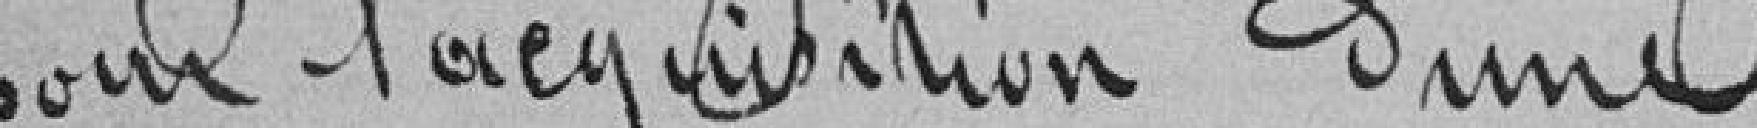
pour l'acquisition d'une